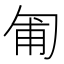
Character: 匍